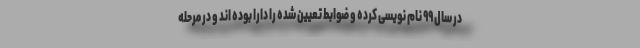
در سال ۹۹ نام نویسی کرده و ضوابط تعیین شده را دارا بوده اند و در مرحله